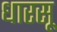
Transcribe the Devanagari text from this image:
धारसू